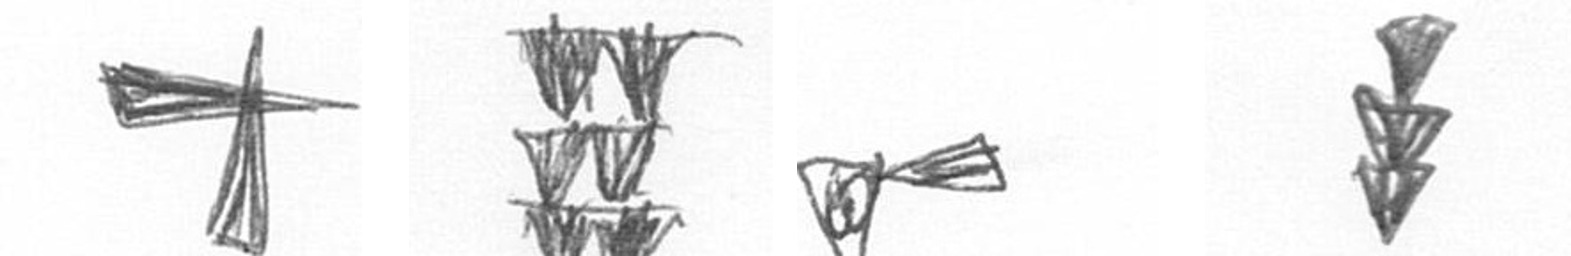
G Y F E